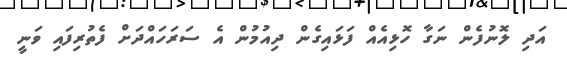
އަދި ލޮނުފެން ނަގާ ހޮޅިއެއް ފަޅައިގެން ދިއުމުން އެ ސަރަހައްދަށް ފެތުރިފައި ވަނީ